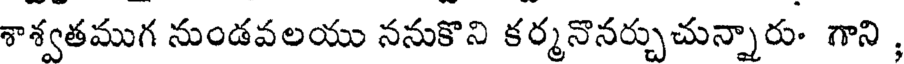
శాశ్వతముగ నుండవలయు ననుకొని కర్మనొనర్చుచున్నారు- గాని ,